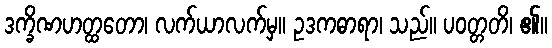
ဒက္ခိဏဟတ္ထတော၊ လက်ယာလက်မှ။ ဥဒကဓာရာ၊ သည်။ ပဝတ္တတိ၊ ၏။